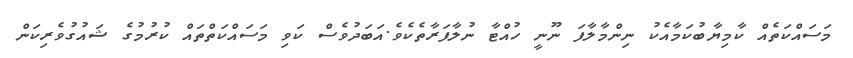
މަސައްކަތެއް ކާމިޔާބުކަމާއެކު ނިންމާލާފަ ނޫނީ ހުއްޓާ ނުލާފަރާތެކެވެ.އަބަދުވެސް ކަވި މަސައްކަތްތައް ކުރުމުގެ ޝައުގުވެރިކަން